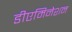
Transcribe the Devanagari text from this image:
डीएमिनेशन